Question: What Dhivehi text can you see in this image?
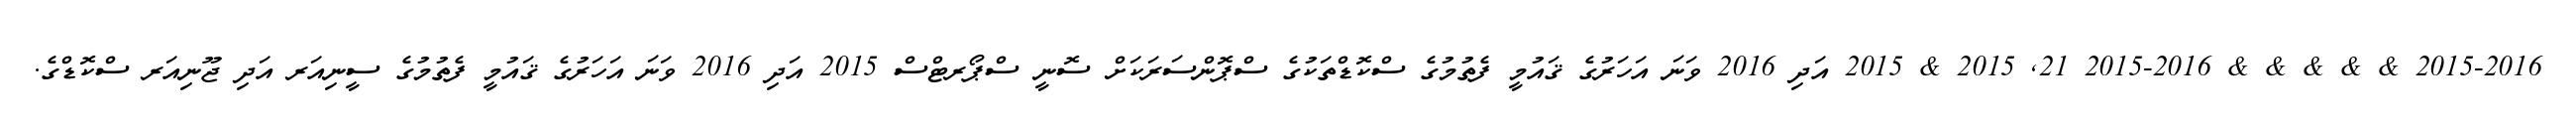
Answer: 2015-2016 & & & & & 2015-2016 21, 2015 & 2015 އަދި 2016 ވަނަ އަހަރުގެ ޤައުމީ ފެތުމުގެ ސްކޮޑްތަކުގެ ސްޕޮންސަރަކަށް ސޮނީ ސްޕޯރޓްސް 2015 އަދި 2016 ވަނަ އަހަރުގެ ޤައުމީ ފެތުމުގެ ސީނިއަރ އަދި ޖޫނިއަރ ސްކޮޑްގެ.